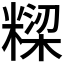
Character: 𮇹